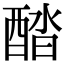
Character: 𨡍